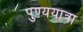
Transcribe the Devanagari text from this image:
पुण्ययात्रा